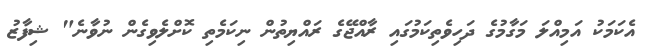
އެކަމަކު އަމިއްލަ މަގާމުގެ ދަހިވެތިކަމުގައި ރާއްޖޭގެ ރައްޔިތުން ނިކަމެތި ކޮށްލެވިގެން ނުވާނެ" ޝިފާޒު